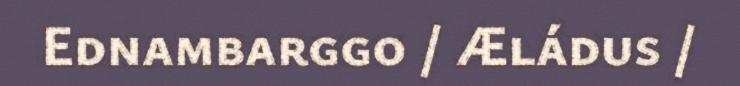
Ednambarggo / Æládus /